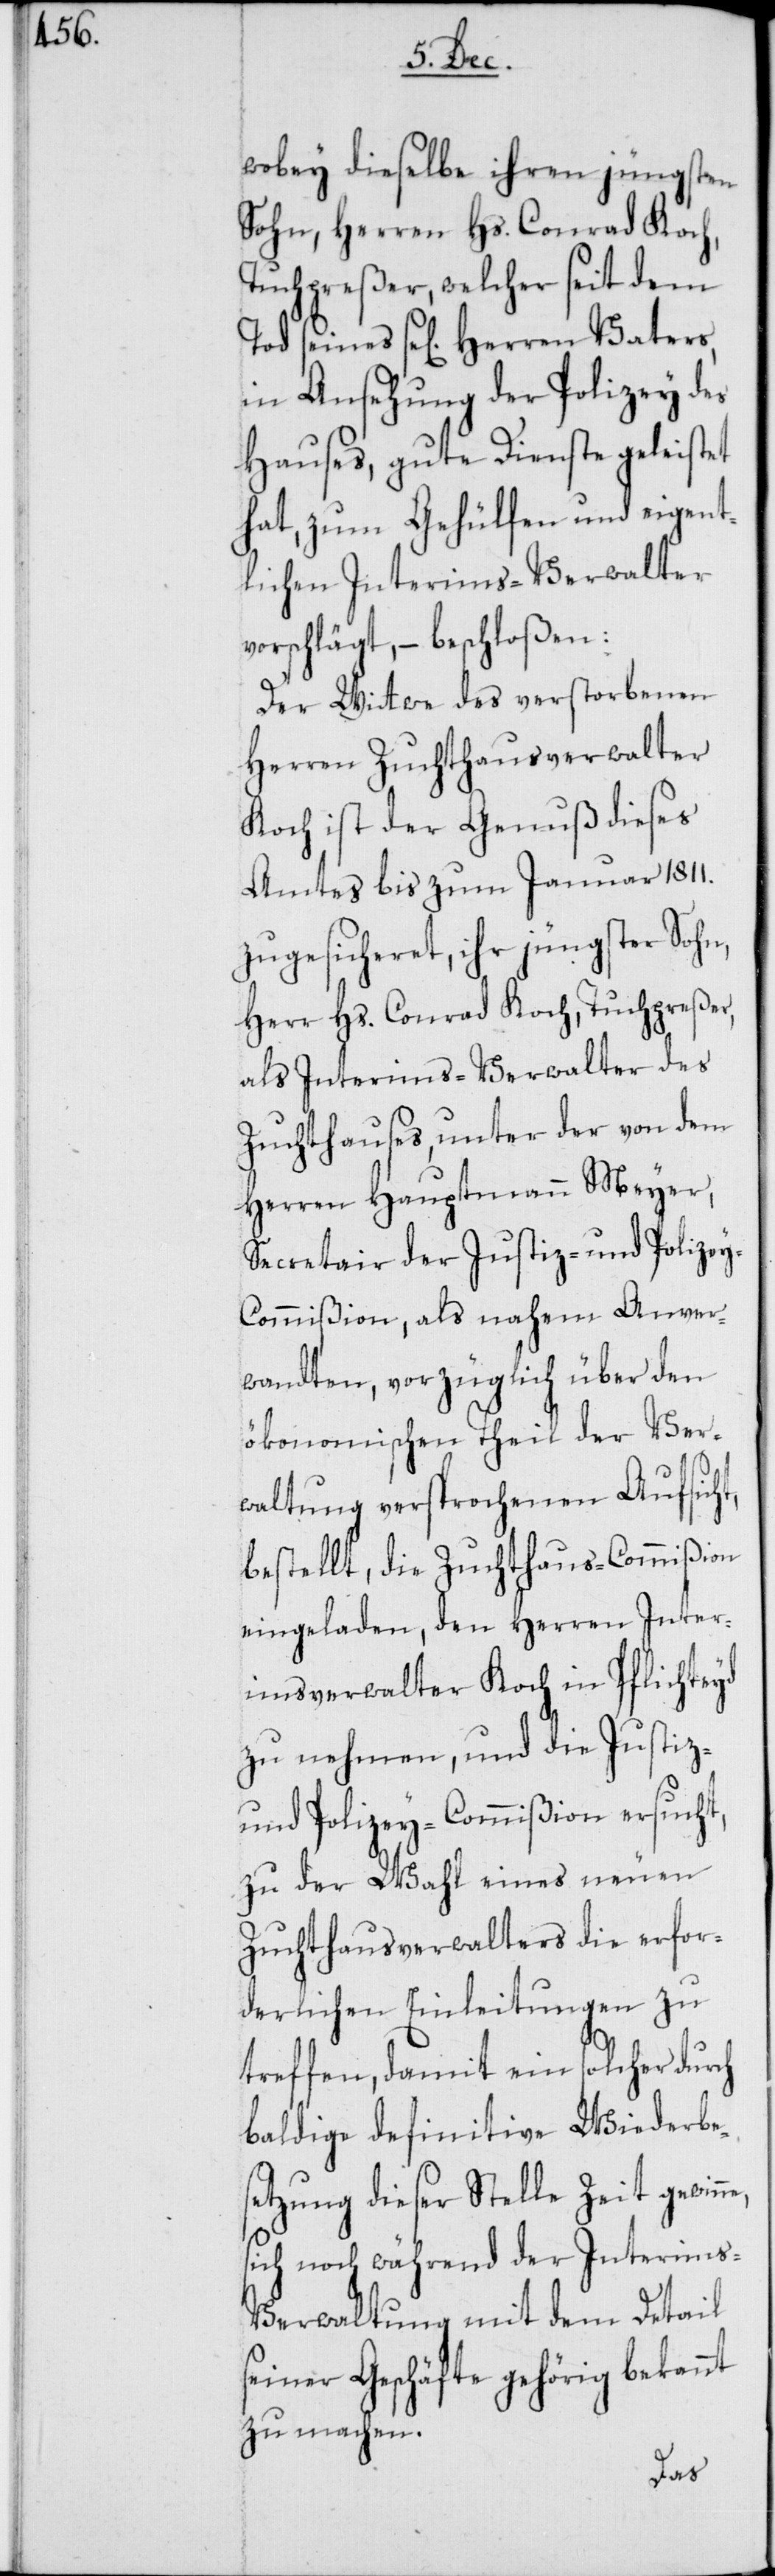
ne, s¬

wobey dieselbe ihren jüngsten
Sohn, Herren Hs. Conrad Koch,
Tuchpreßer, welcher seit dem
in Ansehung der Polizey des
Hauses, gute Dienste geleistet
hat, zum Gehülfen und eigent¬
lichen Interims-Verwalter
vorschlägt, – beschloßen:
Der Wittwe des verstorbenen
Herren Zuchthausverwalter
Koch ist der Genuß dieses
Amtes bis zum Januar 1811.
zugesicheret, ihr jüngster Sohn,
Herr Hs. Conrad Koch, Tuchpreßer,
als Interims-Verwalter des
Zuchthauses, unter der von dem
Herren Hauptmann Meyer,
Secretair der Justiz- und Polize¬
y-Commißion, als nahem Anver¬
wandten, vorzüglich über den
ökonomischen Theil der Ver¬
waltung versprochenen Aufsicht,
bestellt, die Zuchthaus-Commißion
eingeladen, den Herren Inter¬
imsverwalter Koch in Pflichteyd
zu nehmen, und die Justiz-
und Polizey-Commißion ersucht,
zu der Wahl eines neuen
Zuchthausverwalters die erfor¬
derlichen Einleitungen zu
treffen, damit ein solcher durch
baldige definitive Wiederbe¬
setzung dieser Stelle Zeit gewin¬
ich noch während der Interim¬
s-Verwaltung mit dem Detail
seiner Geschäfte gehörig bekannt
zu machen.